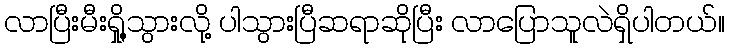
လာပြီးမီးရှို့သွားလို့ ပါသွားပြီဆရာဆိုပြီး လာပြောသူလဲရှိပါတယ်။